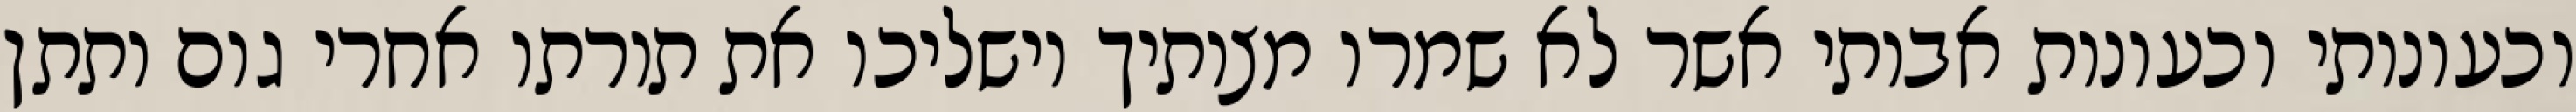
וכעונותי וכעונות אבותי אשר לא שמרו מצותיך וישליכו את תורתו אחרי גום ותתן